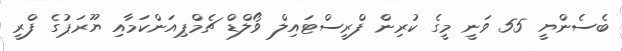
ބެސެންޔީ 55 ވަނީ މީގެ ކުރިން ފްރީސްޓައިލް ވޯލްޑް ޗެމްޕިއަންކަމާއި ޔޫރަޕުގެ ފްރީ